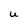
Character: U